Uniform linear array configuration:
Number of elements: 32
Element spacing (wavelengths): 0.75
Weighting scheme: exponential
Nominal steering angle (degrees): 45
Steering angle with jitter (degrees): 46.358
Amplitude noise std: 0.05
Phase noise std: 0.05

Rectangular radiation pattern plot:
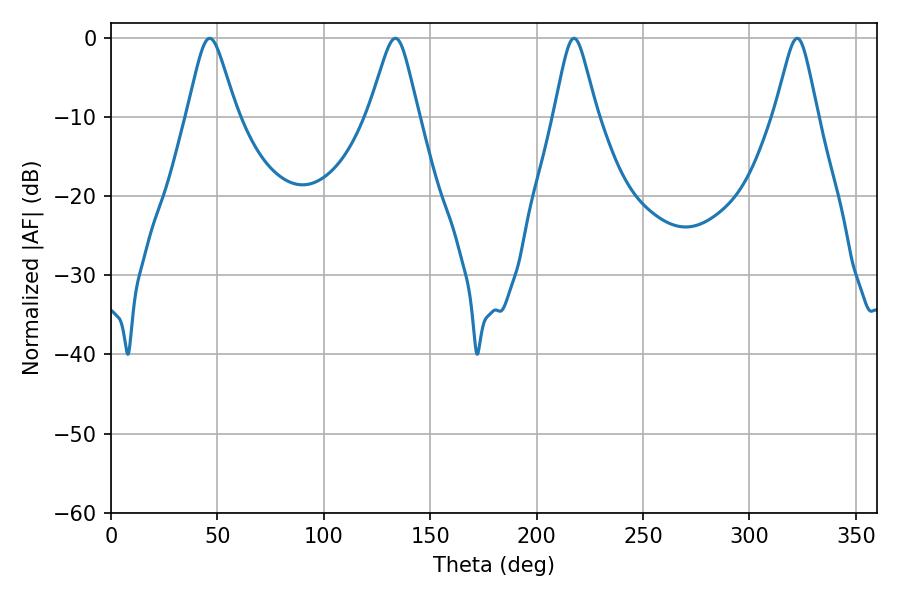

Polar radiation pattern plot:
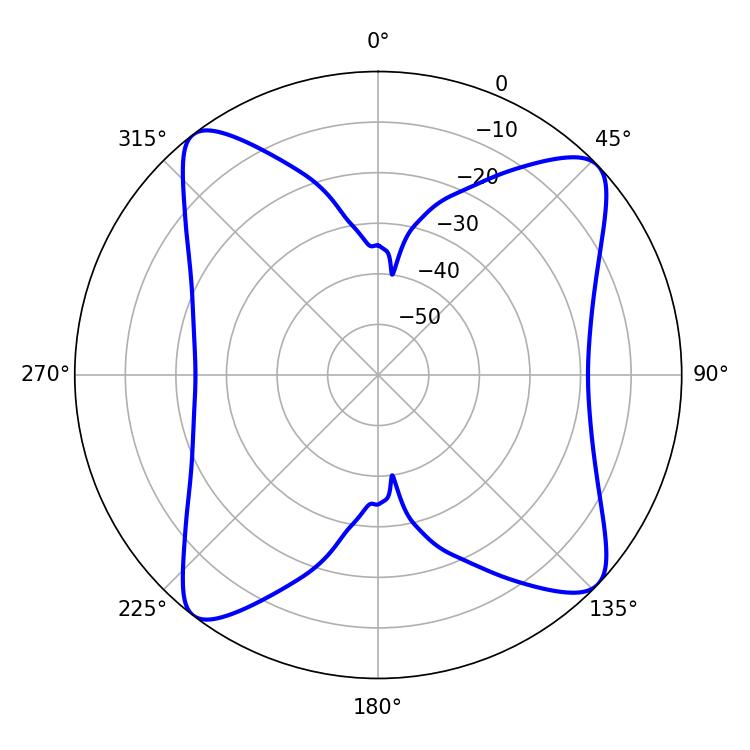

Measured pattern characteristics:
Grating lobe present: TRUE
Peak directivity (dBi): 13.012
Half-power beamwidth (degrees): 9.54
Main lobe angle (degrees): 217.62